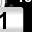
Digit: 1